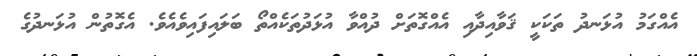
އެއްގަމު އުޅަނދު ތަކަކީ ޤަވާއިދާއި އެއްްގޮތަށް ދުއްވާ އުޅަދުތަކެއްތޯ ބަލައިފައިވެއެވެ. އެގޮތުން އުޅަނދުގެ